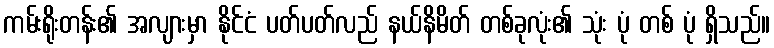
ကမ်းရိုးတန်း၏ အလျားမှာ နိုင်ငံ ပတ်ပတ်လည် နယ်နိမိတ် တစ်ခုလုံး၏ သုံး ပုံ တစ် ပုံ ရှိသည်။